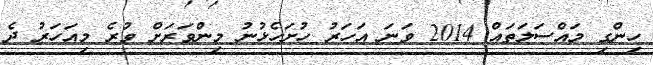
ހިންގި މައްސަލަތައް 2014 ވަނަ އަހަރު ހުށަހެޅުނު މިންވަރަށް ވުރެ މިއަހަރު ދެ